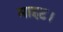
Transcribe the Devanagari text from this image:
माइट।